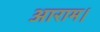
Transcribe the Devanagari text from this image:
आराम।